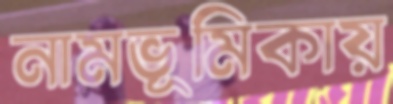
নামভূমিকায়